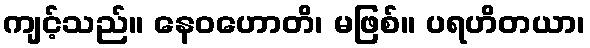
ကျင့်သည်။ နေဝဟောတိ၊ မဖြစ်။ ပရဟိတယာ၊